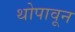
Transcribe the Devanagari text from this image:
थोपावून